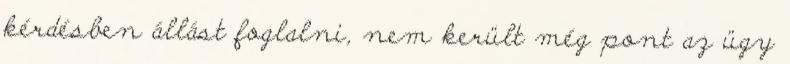
kérdésben állást foglalni, nem került még pont az ügy